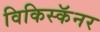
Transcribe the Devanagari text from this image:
विकिस्कॅनर